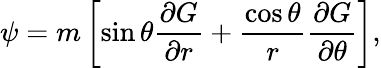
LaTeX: \psi=m\left[\sin\theta\frac{\partial G}{\partial r}+\frac{\cos\theta}{r}\frac{\partial G}{\partial\theta}\right],